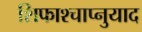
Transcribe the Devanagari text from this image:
शिफाश्चाप्नुयाद